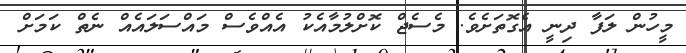
މީހުން ލަފާ ދިނީ އެގޮތަށެވެ. މެސެޖް ކޮށްލުމާއެކު އެއްވެސް މައްސަލައެއް ނެތް ކަމަށް